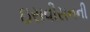
ઇસવીસનની